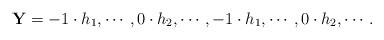
LaTeX: \begin{align*} \mathbf{Y} = -1\cdot h_{1}, \cdots, 0\cdot h_{2}, \cdots, -1\cdot h_{1}, \cdots, 0\cdot h_{2}, \cdots .\end{align*}